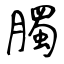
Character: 臅